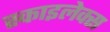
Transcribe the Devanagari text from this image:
स्काइलेक्स